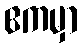
ဧကမှာ